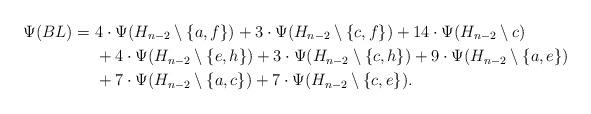
LaTeX: \begin{align*}\Psi (BL) =\ &4\cdot \Psi(H_{n-2}\setminus \{a,f\}) + 3\cdot \Psi(H_{n-2}\setminus \{c,f\})+14\cdot \Psi(H_{n-2}\setminus c) \\&+4\cdot \Psi(H_{n-2}\setminus \{e,h\})+3\cdot \Psi(H_{n-2}\setminus \{c,h\})+9\cdot \Psi(H_{n-2}\setminus \{a,e\})\\&+7\cdot \Psi(H_{n-2}\setminus \{a,c\})+7\cdot \Psi(H_{n-2}\setminus\{c,e\}).\end{align*}